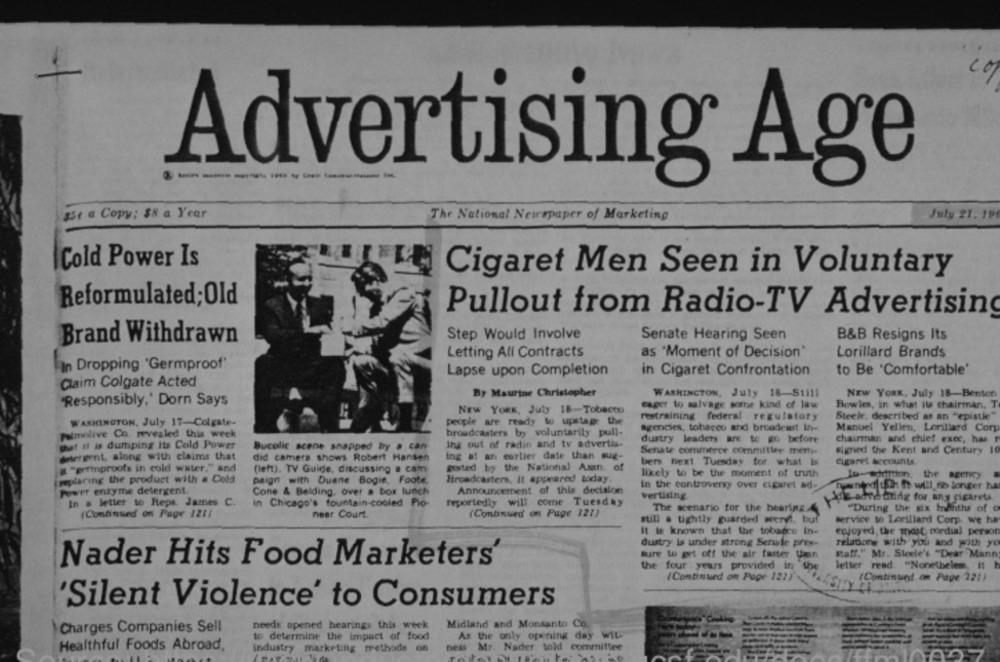
co
Advertising Age
35€ a Copy: $8 a Year
The National Newspaper of Marketing
July 21. 19
Cold Power Is
Cigaret Men Seen in Voluntary
Reformulated;Old
Pullout from Radio-TV Advertising
Step Would Involve
Senate Hearing Seen
B&B Resigns Its
Brand Withdrawn
Letting All Contracts
as 'Moment of Decision*
Lorillard Brands
In Dropping "Germproof"
to Be 'Comfortable'
Lapse upon Completion
in Cigaret Confrontation
Claim Colgate Acted
By Maurine Christopher
WASHINGTON, July 18-Still
NEW YORK, July 18-Benton
'Responsibly,' Dorn Says
Bowles, in what its chairman, T
NEW YORK, July 18-Tobacco
eager to salvage sombe kind of law
restraining federal regulatory
Steek, described as an "epistie"
WASHINGTON, July 17-Colgate-
people are ready to upstap the
agencies, tobacco and broadcast In-
Manuel Yellen, Lorillard Corp
Palmolive Co. revealed this week
broadcasters by voluntarily pull-
dustry leaders are to go before
chairman and chief exec, has
that It is dumping Its Cold Power
Bucolic scene snapped by a can-
ing out of radin and tv advertis-
detergent, along with claims that
did camera shows Robert Hansen
ing at an earlier date than sug-
Senate commerce committee mem-
signed the Kent and Century 10
ber next Tuesday for what is
cigaret Accounts
" "gerinproofs in cold water," and
(left). TV Guide, discussing a cam
gested by the National Asan. of
likely to be the moment of truth
ID-edition, the agency
replacing the product with a Cold
paign with Duane Bogie, Foote.
Broadcasters, It appeared today
Power enzyme detergent
Announcement of this decision
In the controversy over cigaret ad-
DenatShe will.no longer ha
Cone & Belding. over . bor lunch
vertising.
In a letter to Reps. James
reportedly will come Tuesday
kiz advd tiring for any cigarets.
in Chicago's fountain-cooled Pio-
The scenario for the hearing
"During the six months of o
(Continlied on Page 1211
neer Court.
(Continued on Page 121)
still a tightly guarded weeryt, but
service so Lorillard Corp. we ha
It is known that the tobacco In-
enjoyed the most cordial person
dustry Is under strong Serale pres-
relation with you and with yo
sure to get off the air faster then
Raff," Mr. Steele's "Dear Mann
Nader Hits Food Marketers'
the four years provided in
letter read. "Nonetheless, it h
(Continued on Page 121)
(Continued om Page 121)
'Silent Violence' to Consumers
Charges Companies Sell
needs opened hearings this week
Midland and Monsanto Co.
to determine the impact of food
As the only opening day WIL-
Healthful Foods Abroad,
industry marketing methods on
ness Mr. Nader told committee